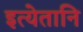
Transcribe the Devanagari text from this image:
इत्येतानि